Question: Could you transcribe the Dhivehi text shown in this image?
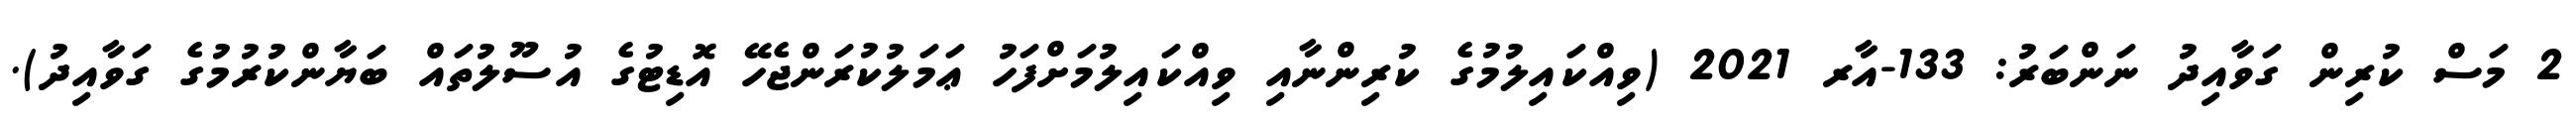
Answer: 2 މަސް ކުރިން ގަވާއިދު ނަންބަރު: 133-އާރ 2021 (ވިއްކައިލުމުގެ ކުރިންނާއި ވިއްކައިލުމަށްފަހު ޢަމަލުކުރަންޖެހޭ އޮޑިޓުގެ އުސޫލުތައް ބަޔާންކުރުމުގެ ގަވާއިދު).